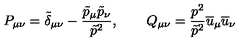
P _ { \mu \nu } = \tilde { \delta } _ { \mu \nu } - \frac { \tilde { p } _ { \mu } \tilde { p } _ { \nu } } { \tilde { p } ^ { 2 } } , \qquad Q _ { \mu \nu } = \frac { p ^ { 2 } } { \tilde { p } ^ { 2 } } \overline { { u } } _ { \mu } \overline { { u } } _ { \nu }